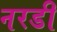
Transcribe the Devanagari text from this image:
नरडी